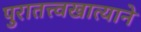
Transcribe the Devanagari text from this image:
पुरातत्त्वखात्याने